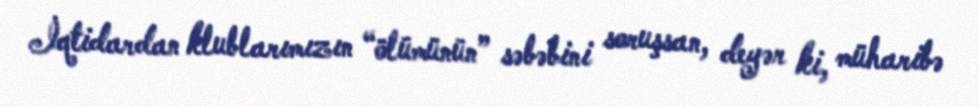
İqtidardan klublarımızın “ölümünün” səbəbini soruşsan, deyər ki, müharibə